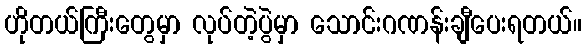
ဟိုတယ်ကြီးတွေမှာ လုပ်တဲ့ပွဲမှာ သောင်းဂဏန်းချီပေးရတယ်။